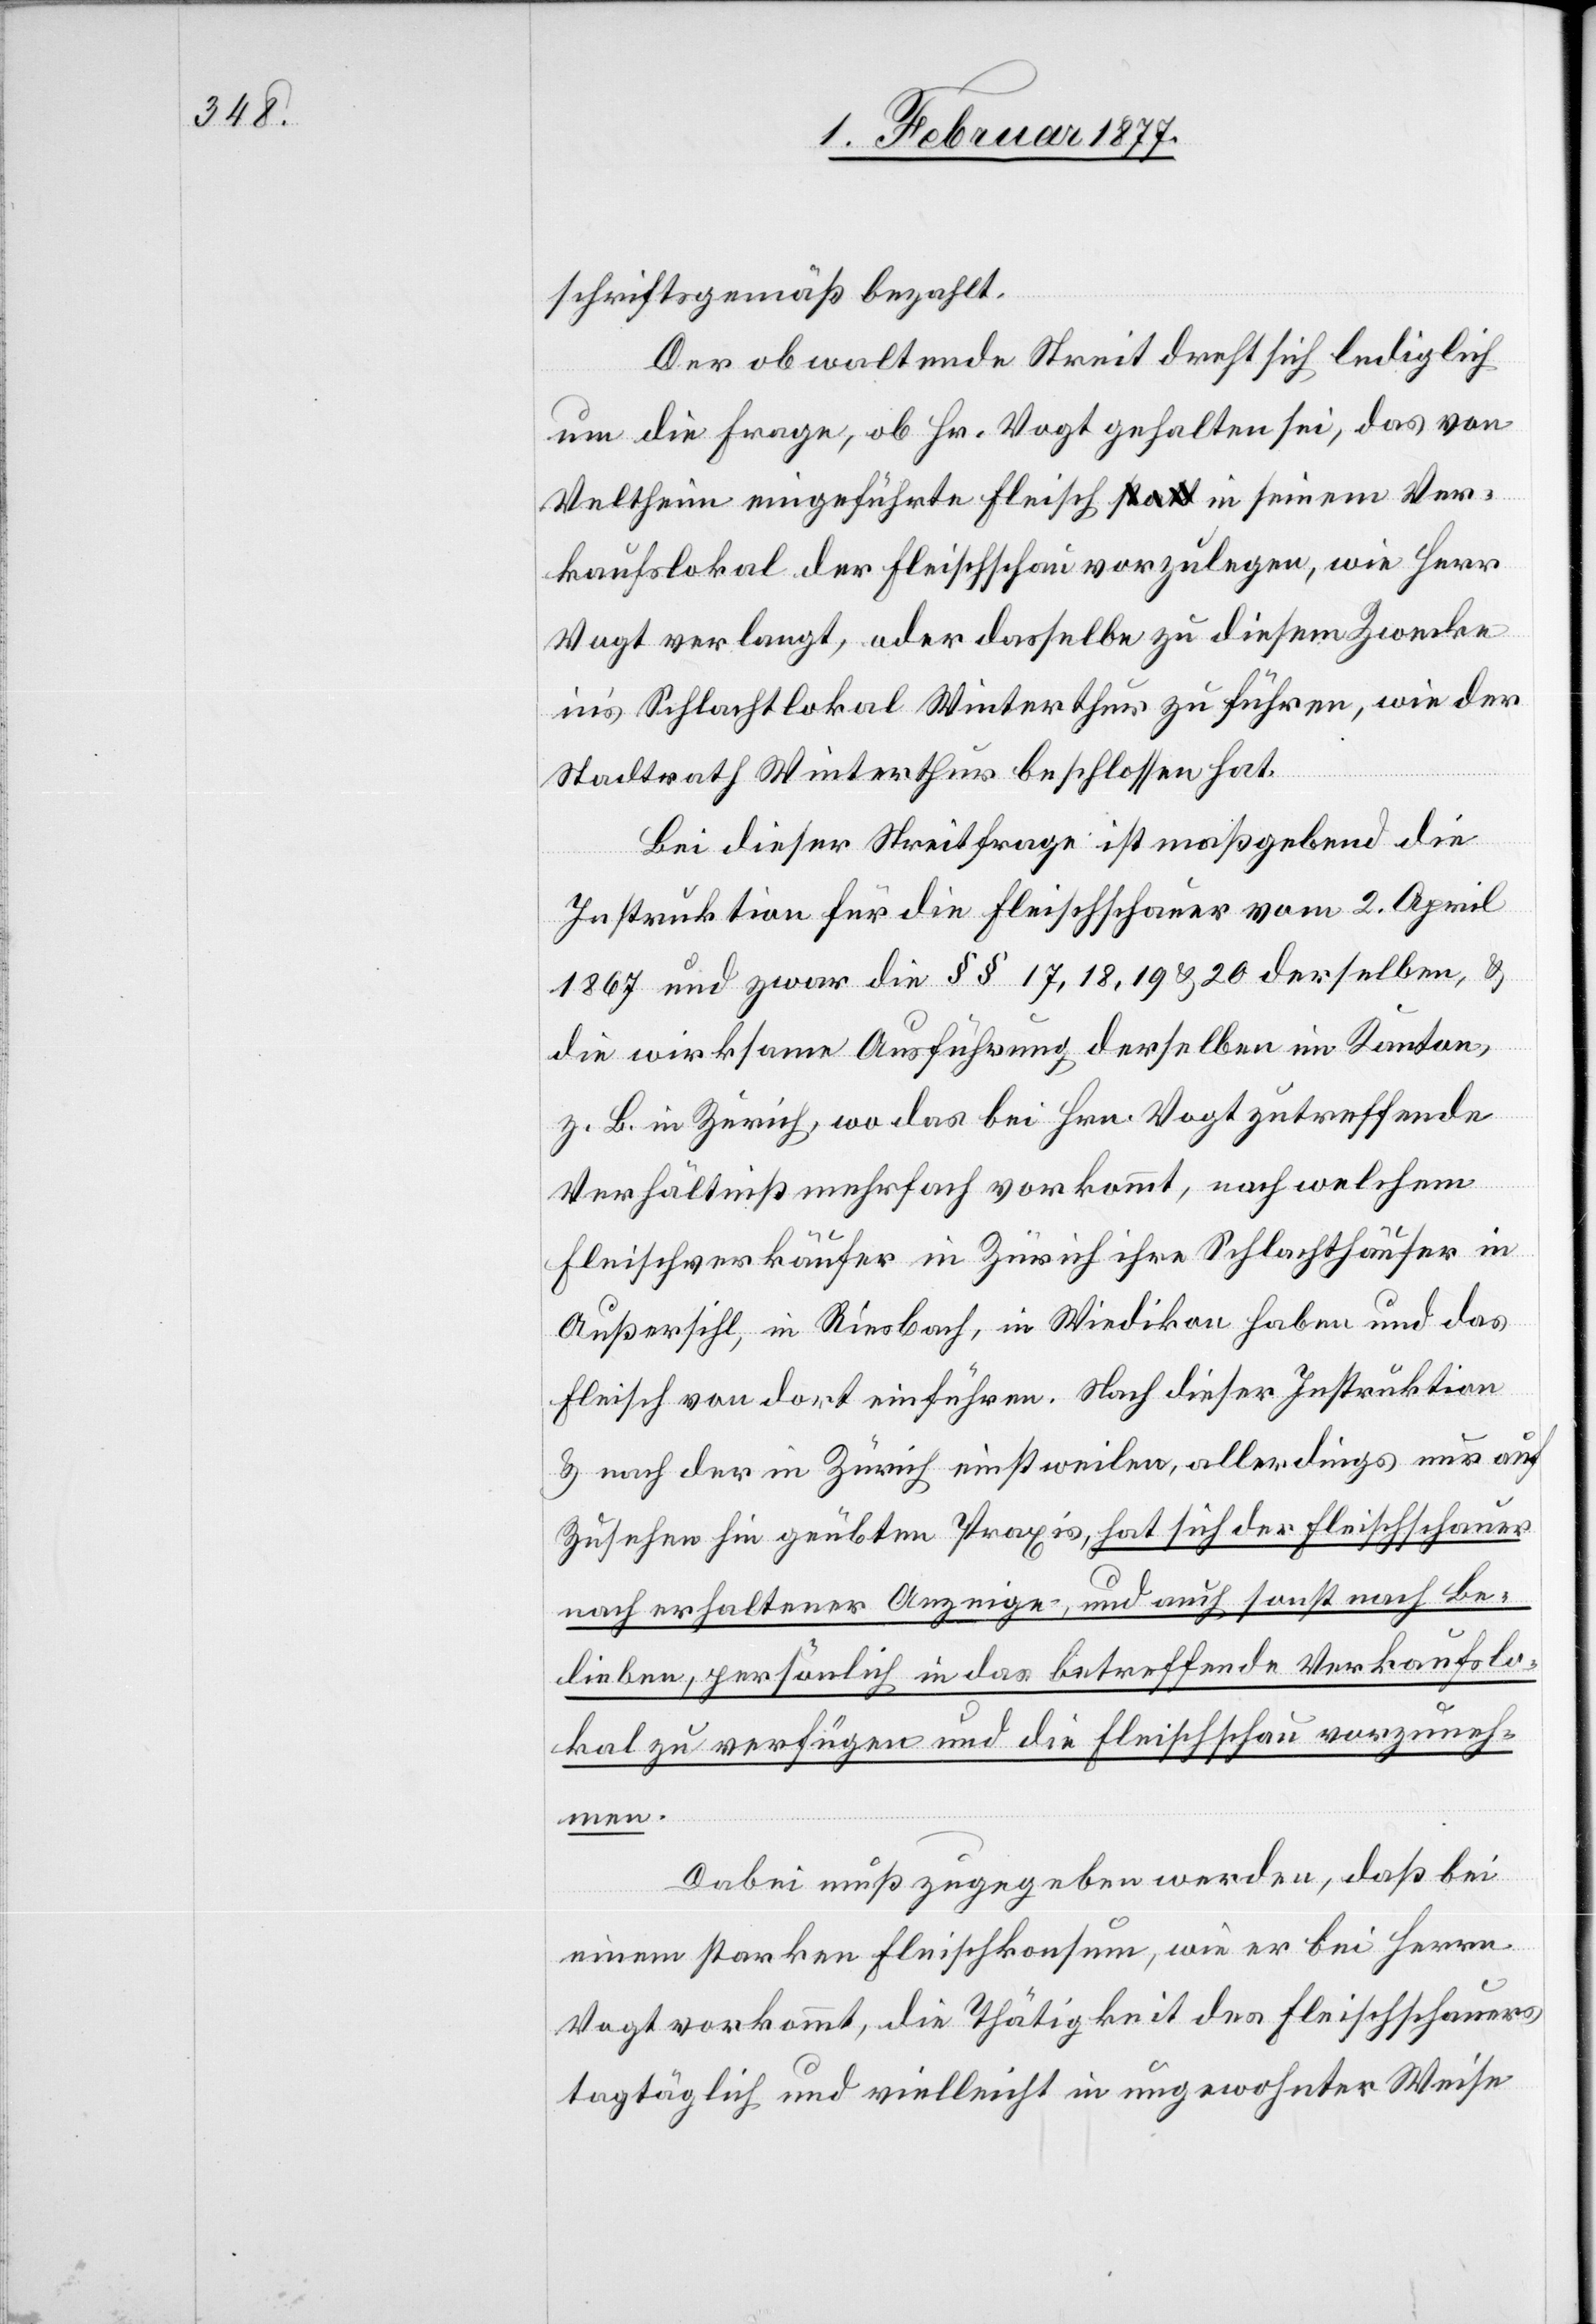
schriftsgemäß bezahlt.
Der obwaltende Streit dreht sich lediglich
um die Frage, ob Hr. Vogt gehalten sei, das von
Veltheim eingeführte Fleisch in seinem Ver¬
kaufslokal der Fleischschau vorzulegen, wie Herr
Vogt verlangt, oder dasselbe zu diesem Zwecke
in’s Schlachtlokal Winterthur zu führen, wie der
Stadtrath Winterthur beschlossen hat.
Bei dieser Streitfrage ist maßgebend die
Instruktion für die Fleischschauer vom 2. April
1867 und zwar die §§ 17, 18, 19 & 20 derselben, &
die wirksame Ausführung derselben im Kanton,
z. B. in Zürich, wo das bei Hrn. Vogt zutreffende
Verhältniß mehrfach vorkommt, nach welchem
Fleischverkäufer in Zürich ihre Schlachthäuser in
Außersihl, in Riesbach, in Wiedikon haben und das
Fleisch von dort einführen. Nach dieser Instruktion
& nach der in Zürich einstweilen, allerdings nur auf
Zusehen hin geübten Praxis, hat sich der Fleischschauer
nach erhaltener Anzeige, und auch sonst nach Be¬
lieben, persönlich in das betreffende Verkaufslo¬
kal zu verfügen und die Fleischschau vorzuneh¬
men.
Dabei muß zugegeben werden, daß bei
einem starken Fleischkonsum, wie er bei Herrn
Vogt vorkommt, die Thätigkeit des Fleischschauers
tagtäglich und vielleicht in ungewohnter Weise